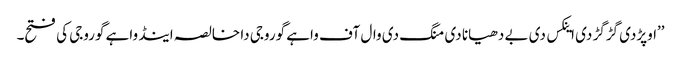
’’اوپڑدی گڑگڑ دی اینکس دی بے دھیانا دی منگ دی وال آف واہے گوروجی دا خالصہ اینڈ واہے گوروجی کی فتح۔